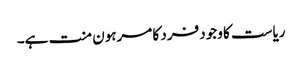
ریاست کا وجود فرد کا مرہون منت ہے۔